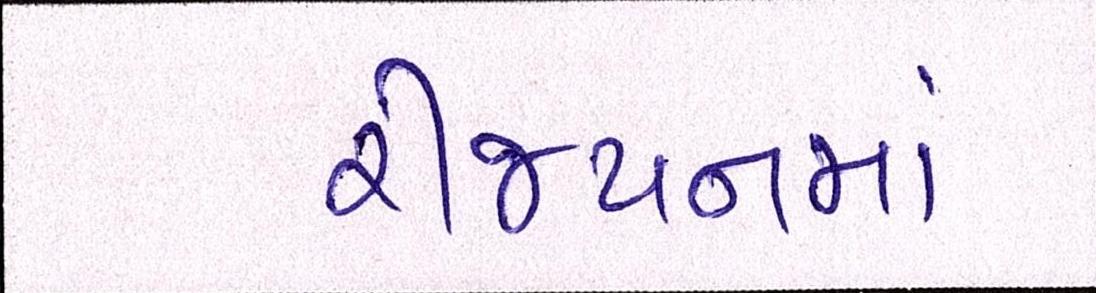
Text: રીજયનમાં